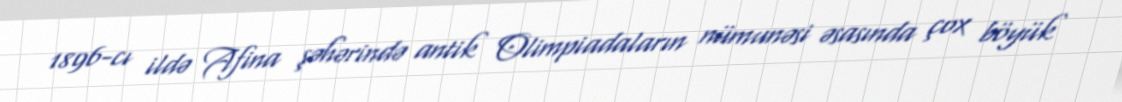
1896-cı ildə Afina şəhərində antik Olimpiadaların nümunəsi əsasında çox böyük